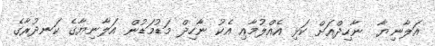
އަލާނިޔާ  ނާހިދްއަށް ކަޅި އެއްލުމާއި އެކު ނާހިދް މަޑުމަޑުން އަލާނިޔާގެ ކަނދުރާގެ